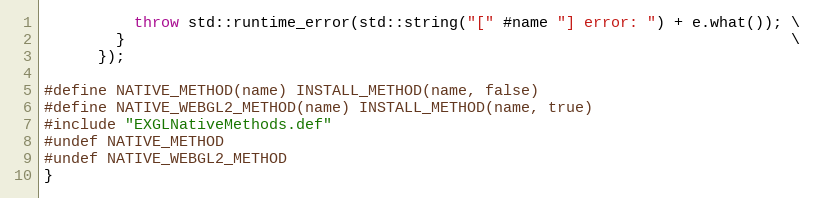
Language: C++
          throw std::runtime_error(std::string("[" #name "] error: ") + e.what()); \
        }                                                                          \
      });

#define NATIVE_METHOD(name) INSTALL_METHOD(name, false)
#define NATIVE_WEBGL2_METHOD(name) INSTALL_METHOD(name, true)
#include "EXGLNativeMethods.def"
#undef NATIVE_METHOD
#undef NATIVE_WEBGL2_METHOD
}